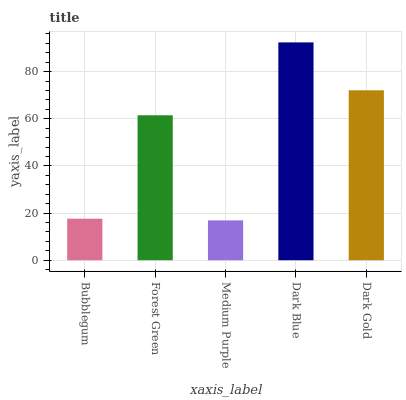
| xaxis_label | bars |
 | --- | --- |
 | Bubblegum | 17.6 |
 | Forest Green | 61.5 |
 | Medium Purple | 16.9 |
 | Dark Blue | 92.4 |
 | Dark Gold | 72.1 |